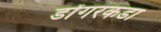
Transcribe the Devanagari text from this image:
डोंगरकडा